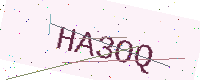
Text: HA3OQ